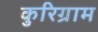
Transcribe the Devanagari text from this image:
कुरिग्राम